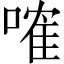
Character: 𠻓